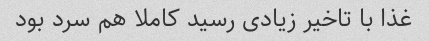
غذا با تاخیر زیادی رسید کاملا هم سرد بود